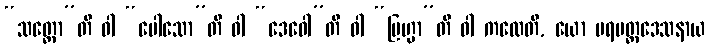
“သတ္တော”တိ ဝါ “ပေါသော”တိ ဝါ “ဒေဝေါ”တိ ဝါ “ဗြဟ္မာ”တိ ဝါ ကထေတိ, ယော ပရမတ္ထဒေသနာယ